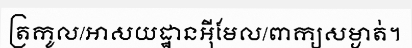
ត្រកូល/អាសយដ្ឋានអ៊ីមែល/ពាក្យសម្ងាត់។